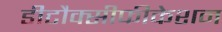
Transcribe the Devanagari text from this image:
डीटौक्सीफीकेशन